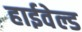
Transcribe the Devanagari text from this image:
हाईवेल्ड